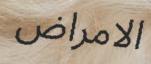
الامراض